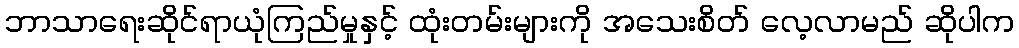
ဘာသာရေးဆိုင်ရာယုံကြည်မှုနှင့် ထုံးတမ်းများကို အသေးစိတ် လေ့လာမည် ဆိုပါက